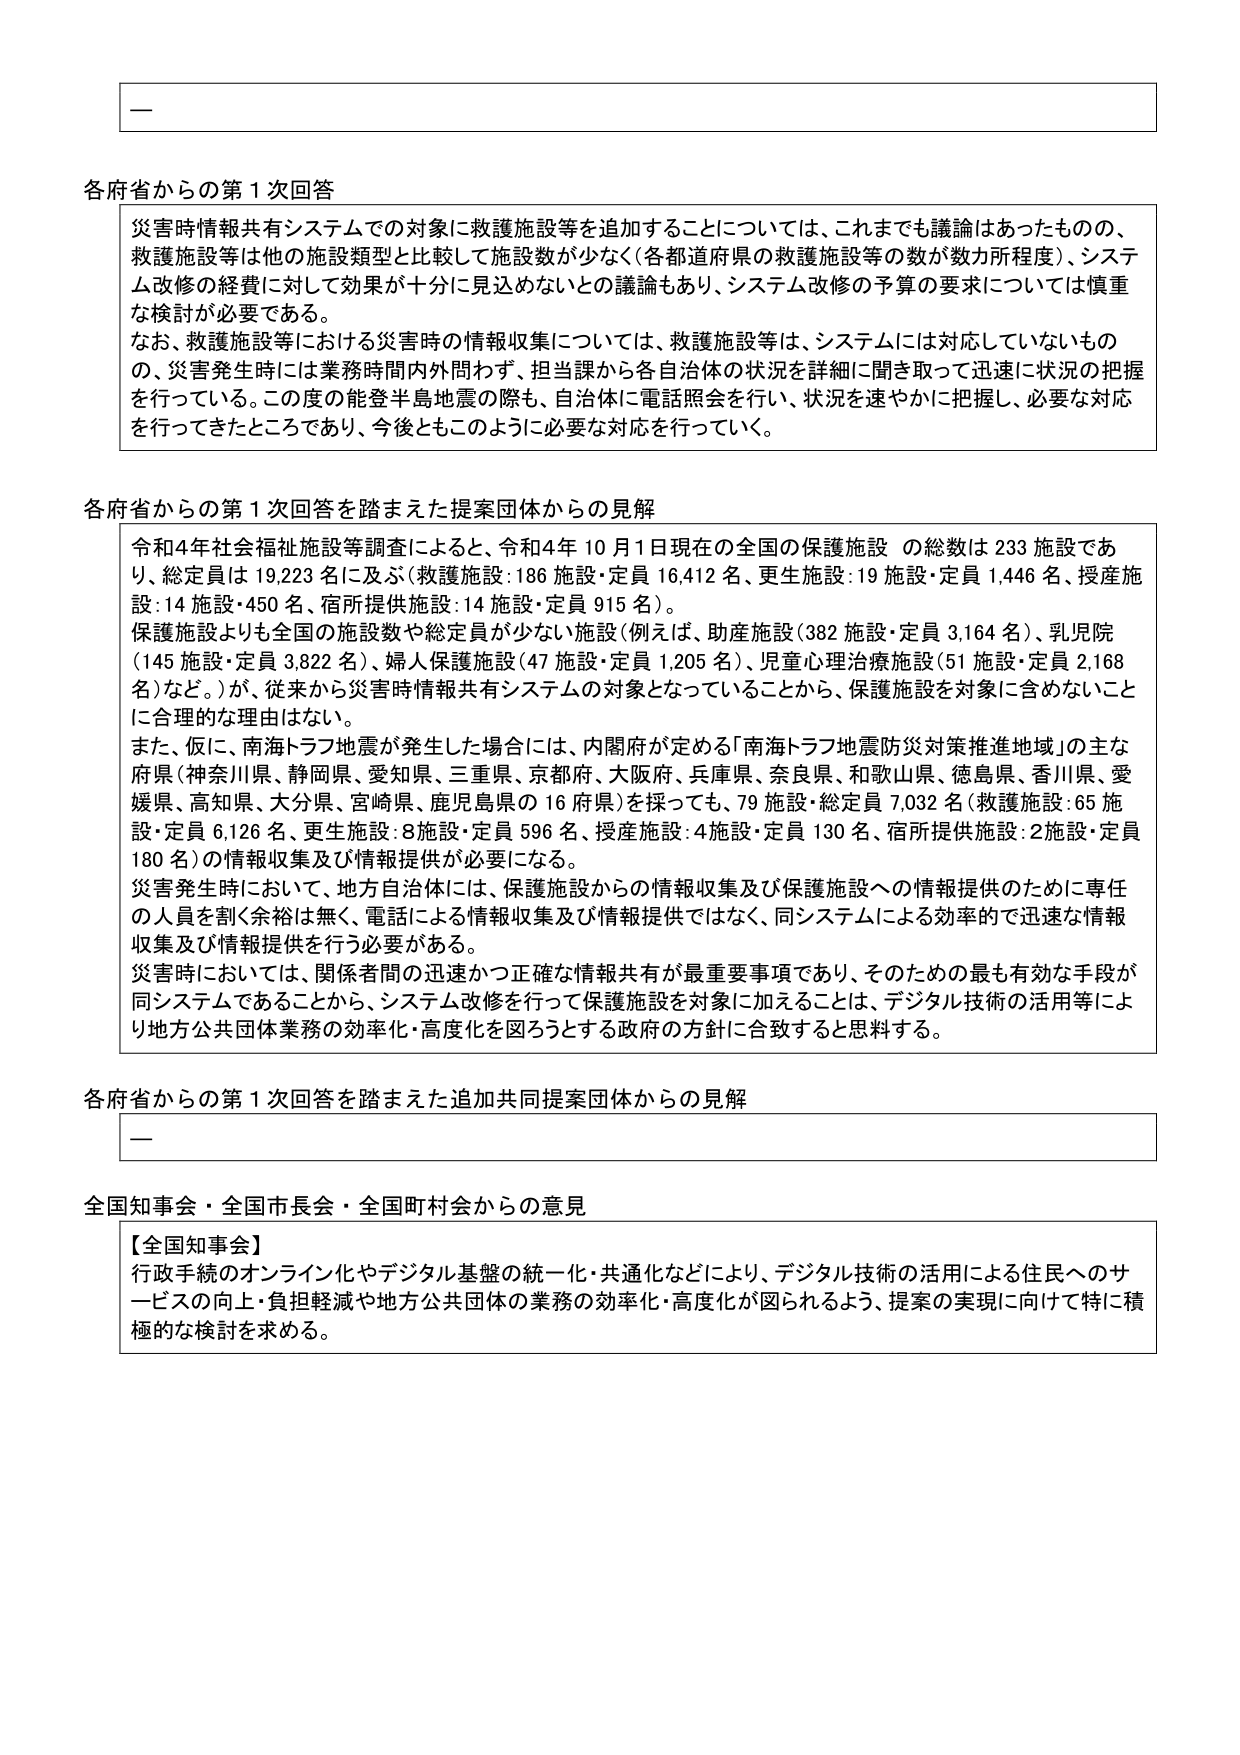
各府省からの第1次回答

災害時情報共有システムでの対象に救護施設等を追加することについては、これまでも議論はあったものの、救護施設等は他の施設類型と比較して施設数が少なく（各都道府県の救護施設等の数が数カ所程度）、システム改修の経費に対して効果が十分に見込めないとの議論もあり、システム改修の予算の要求については慎重な検討が必要である。

なお、救護施設等における災害時の情報収集については、救護施設等は、システムには対応していないものの、災害発生時には業務時間内外問わず、担当課から各自治体の状況を詳細に聞き取って迅速に状況の把握を行っている。この度の能登半島地震の際も、自治体に電話照会を行い、状況を速やかに把握し、必要な対応を行ってきたところであり、今後ともこのように必要な対応を行っていく。

各府省からの第1次回答を踏まえた提案団体からの見解

令和4年社会福祉施設等調査によると、令和4年10月1日現在の全国の保護施設の総数は233施設であり、総定員は19,223名に及ぶ（救護施設：186施設・定員16,412名、更生施設：19施設・定員1,446名、授産施設：14施設・450名、宿所提供施設：14施設・定員915名）。

保護施設よりも全国の施設数や総定員が少ない施設（例えば、助産施設（382施設・定員3,164名）、乳児院（145施設・定員3,822名）、婦人保護施設（47施設・定員1,205名）、児童心理治療施設（51施設・定員2,168名）など。）が、従来から災害時情報共有システムの対象となっていることから、保護施設を対象に含めないことに合理的な理由はない。

また、仮に、南海トラフ地震が発生した場合には、内閣府が定める「南海トラフ地震防災対策推進地域」の主な府県（神奈川県、静岡県、愛知県、三重県、京都府、大阪府、兵庫県、奈良県、和歌山県、徳島県、香川県、愛媛県、高知県、大分県、宮崎県、鹿児島県の16府県）を採っても、79施設・総定員7,032名（救護施設：65施設・定員6,126名、更生施設：8施設・定員596名、授産施設：4施設・定員130名、宿所提供施設：2施設・定員180名）の情報収集及び情報提供が必要になる。

災害発生時において、地方自治体には、保護施設からの情報収集及び保護施設への情報提供のために専任の人員を割く余裕は無く、電話による情報収集及び情報提供ではなく、同システムによる効率的で迅速な情報収集及び情報提供を行う必要がある。

災害時においては、関係者間の迅速かつ正確な情報共有が最重要事項であり、そのための最も有効な手段が同システムであることから、システム改修を行って保護施設を対象に加えることは、デジタル技術の活用等により地方公共団体業務の効率化・高度化を図ろうとする政府の方針に合致するとと思料する。

各府省からの第1次回答を踏まえた追加共同提案団体からの見解

—

全国知事会・全国市長会・全国町村会からの意見

【全国知事会】
行政手続のオンライン化やデジタル基盤の統一・共通化などにより、デジタル技術の活用による住民へのサービスの向上・負担軽減や地方公共団体の業務の効率化・高度化が図られるよう、提案の実現に向けて特に積極的な検討を求める。